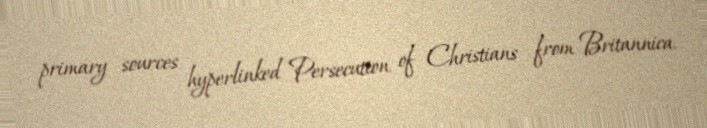
primary sources hyperlinked Persecution of Christians from Britannica.